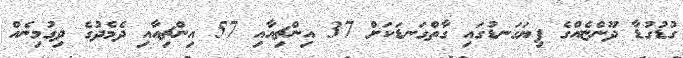
ގުޑުގުޑާ ދޫންޏެއްގެ ފިޔަގަނޑުގައި ގާތްގަނޑަކަށް 37 އިންޗިއާއި 57 އިންޗިއާއި ދެމެދުގެ ދިގުމިނެއް